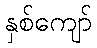
နှစ်ကျော်